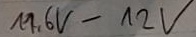
Text: 11,6V-12V